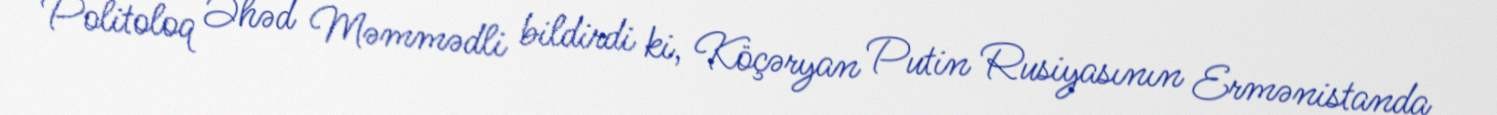
Politoloq Əhəd Məmmədli bildirdi ki, Köçəryan Putin Rusiyasının Ermənistanda